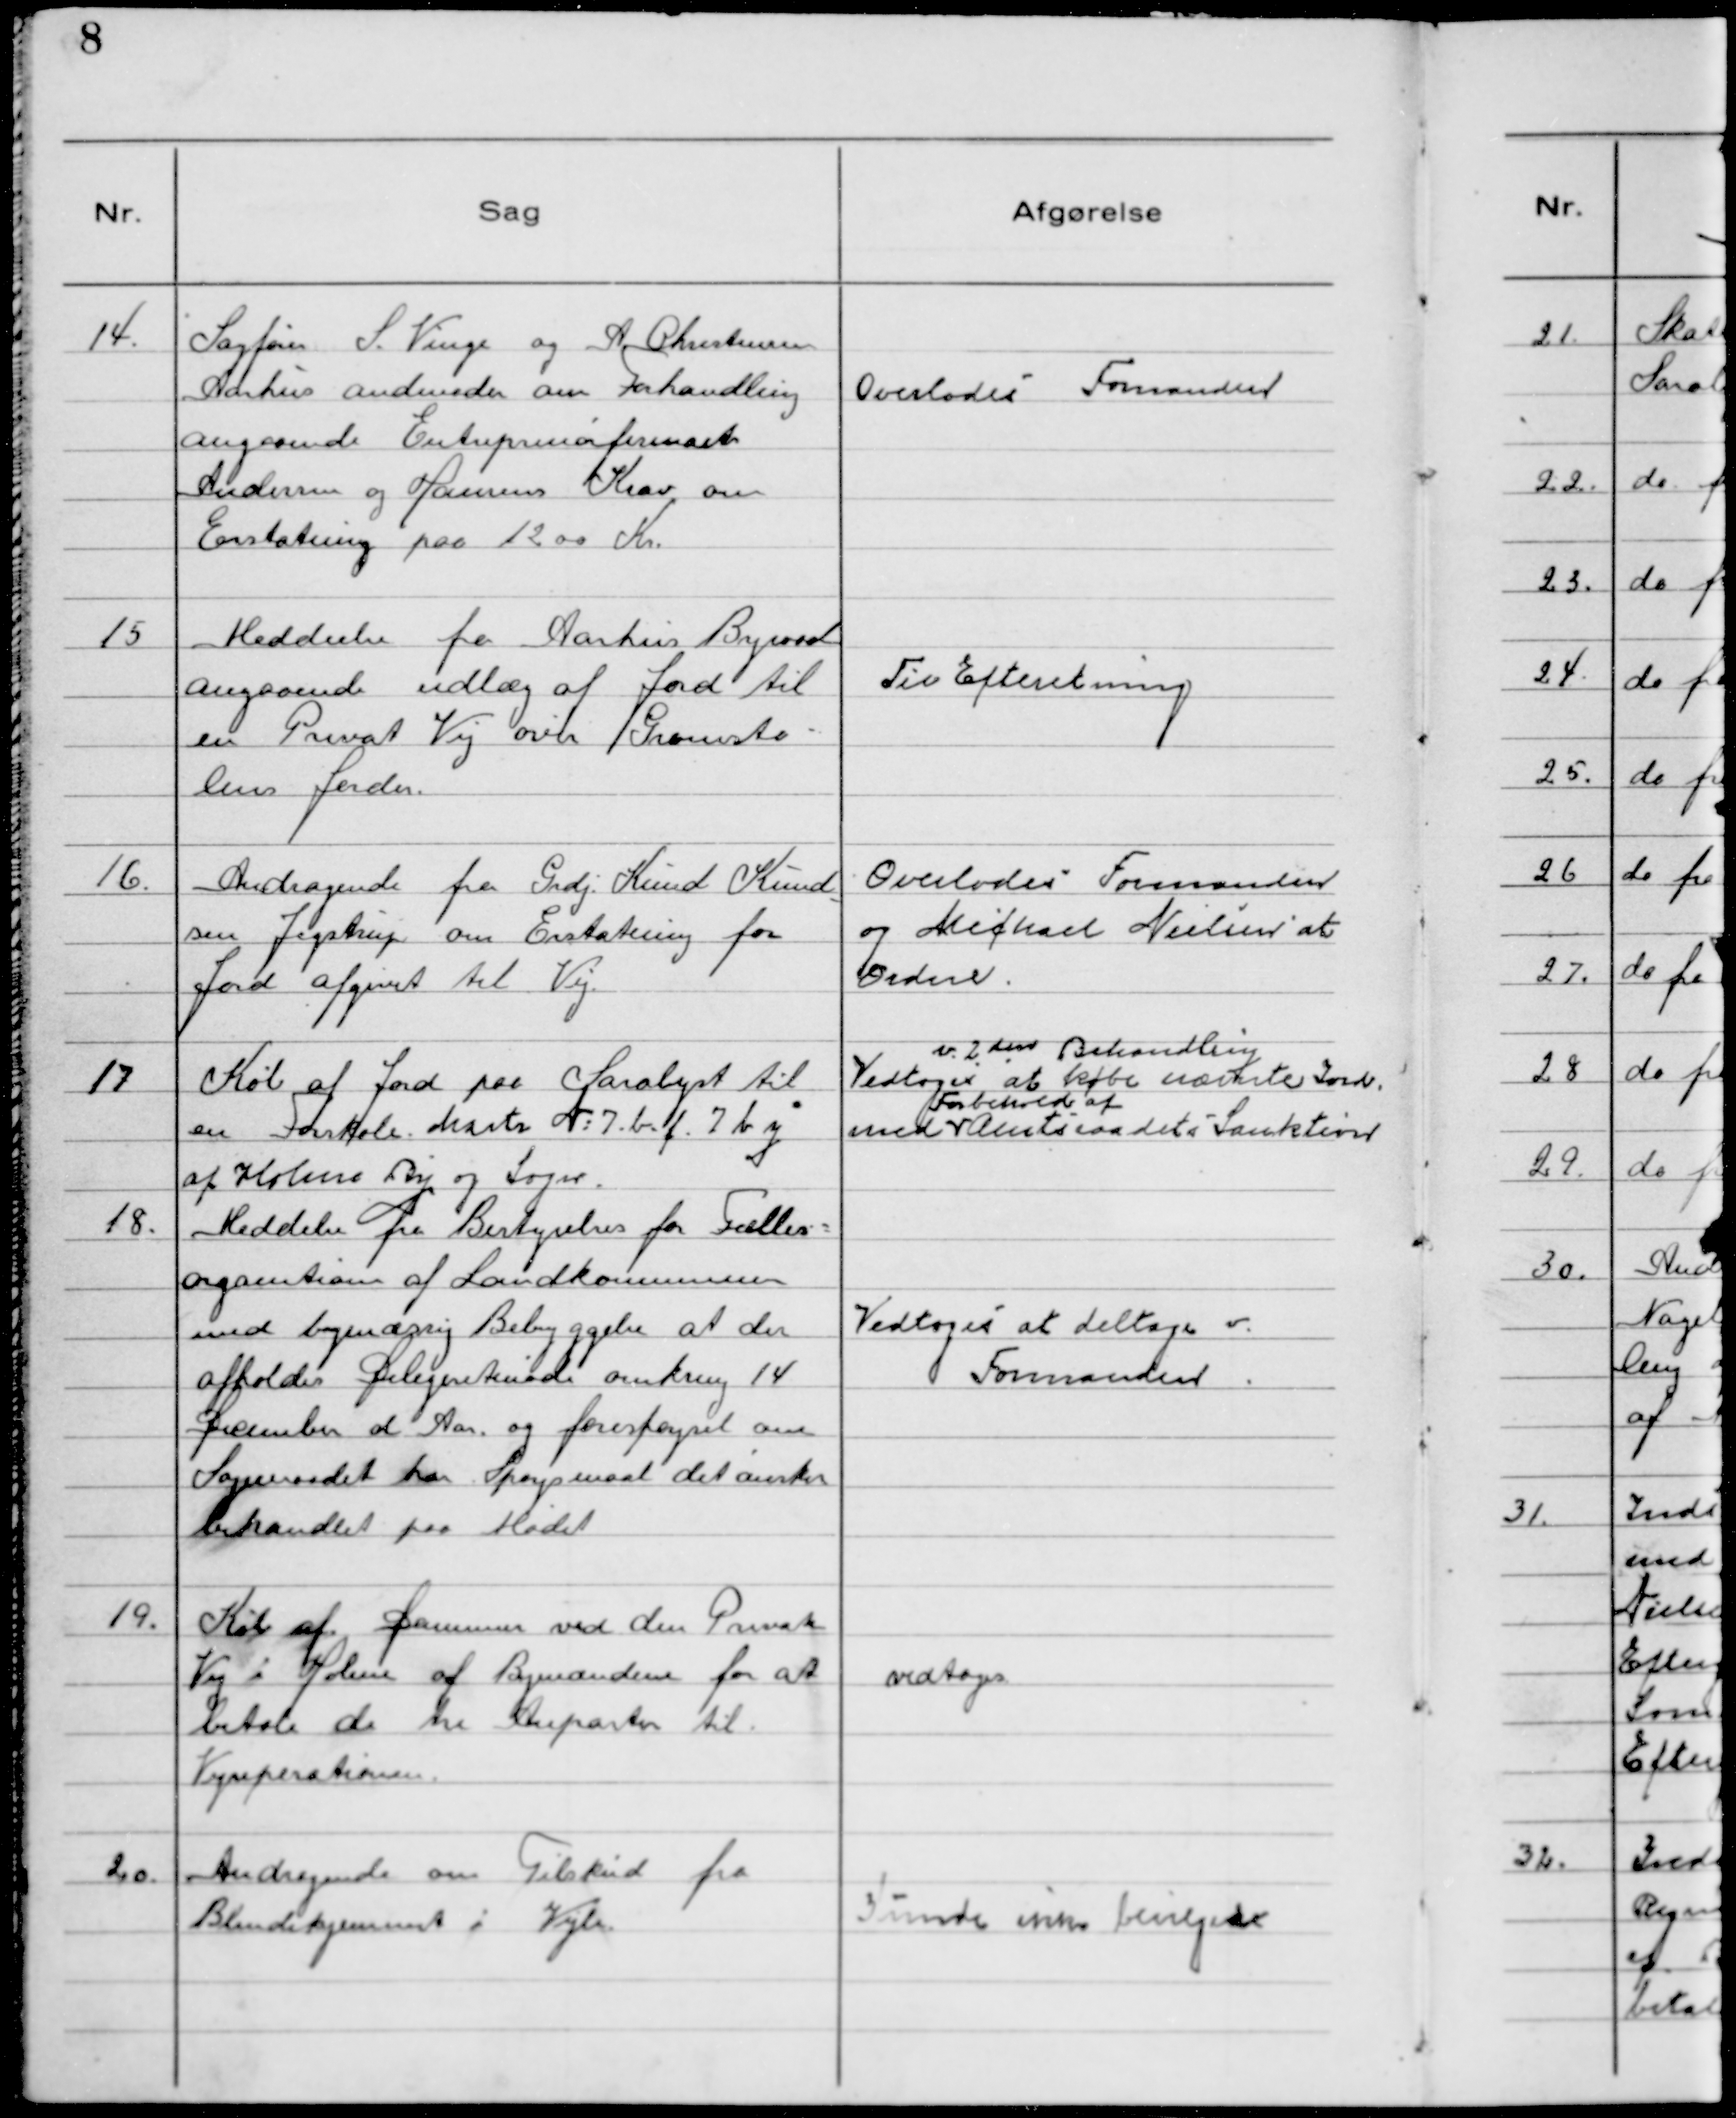
Transskription:
14. Sagfører S. Vinge og A. Christensen
Aarhus andmoder om Forhandling
angaaende Entreprenørfirmaet
Andersen og Hansens Krav om
Erstatning paa 1200 Kr.

Overlodes Formanden

15 Meddeelse fra Aarhus Byraad
angaaende udlæg af Jord til
en Privat Vej over Grumsto-
lens Jorder.

Til Efterretning

16. Andragende fra Grdj. Knud Knud
sen Jegstrup om Erstatning for
Jord afgivet til Vej.

Overlodes Formanden
og Michael Nielsen at
ordne.

17 Køb af Jord paa Saralyst til
en Forskole. Martr Nr: 7.bf. 7 by
af Holme By og Sogn.

v 2 den Behandling
Vedtoges at købe nævnte Jord
med
Forbehold af
Amtsraadets Sanktioner

18. Meddelse fra Bestyrelsen for Fælles-
organisationen af Landkommuner
med bymæssig Bebyggelse at der
afholdes Delegeretmøde omkring 14
December d Aar. og foresporgsel om
Sogneraadet har Sporgsmaal det ønsker
behandlet paa Mødet

Vedtoges at deltage v.
Formanden.

19. Køb af Dammen ved den Private
Vej i Holme af Bymændene for at
betale de tre Anparter til
Vejreparationen.

vedtoges

20. Andragende om Tilskud fra
Blindehjemmet i Vejle.

Kunde ikke bevilgedes